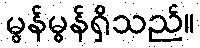
မွန်မွန်ရှိသည်။